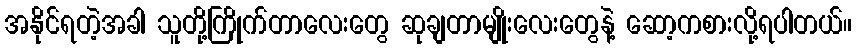
အနိုင်ရတဲ့အခါ သူတို့ကြိုက်တာလေးတွေ ဆုချတာမျိုးလေးတွေနဲ့ ဆော့ကစားလို့ရပါတယ်။